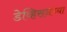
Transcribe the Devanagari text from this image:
डेव्हिसनच्या